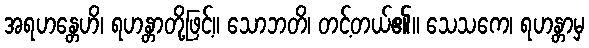
အရဟန္တေဟိ၊ ရဟန္တာတို့ဖြင့်။ သောဘတိ၊ တင့်တယ်၏။ သေသကေ၊ ရဟန္တာမှ